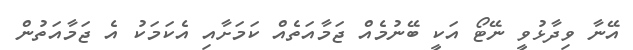
އޭނާ ވިދާޅުވީ ނޭޓޯ އަކީ ބޭނުމެއް ޖަމާއަތެއް ކަމަށާއި އެކަމަކު އެ ޖަމާއަތުން